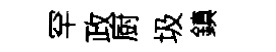
罕政厨圾鎮